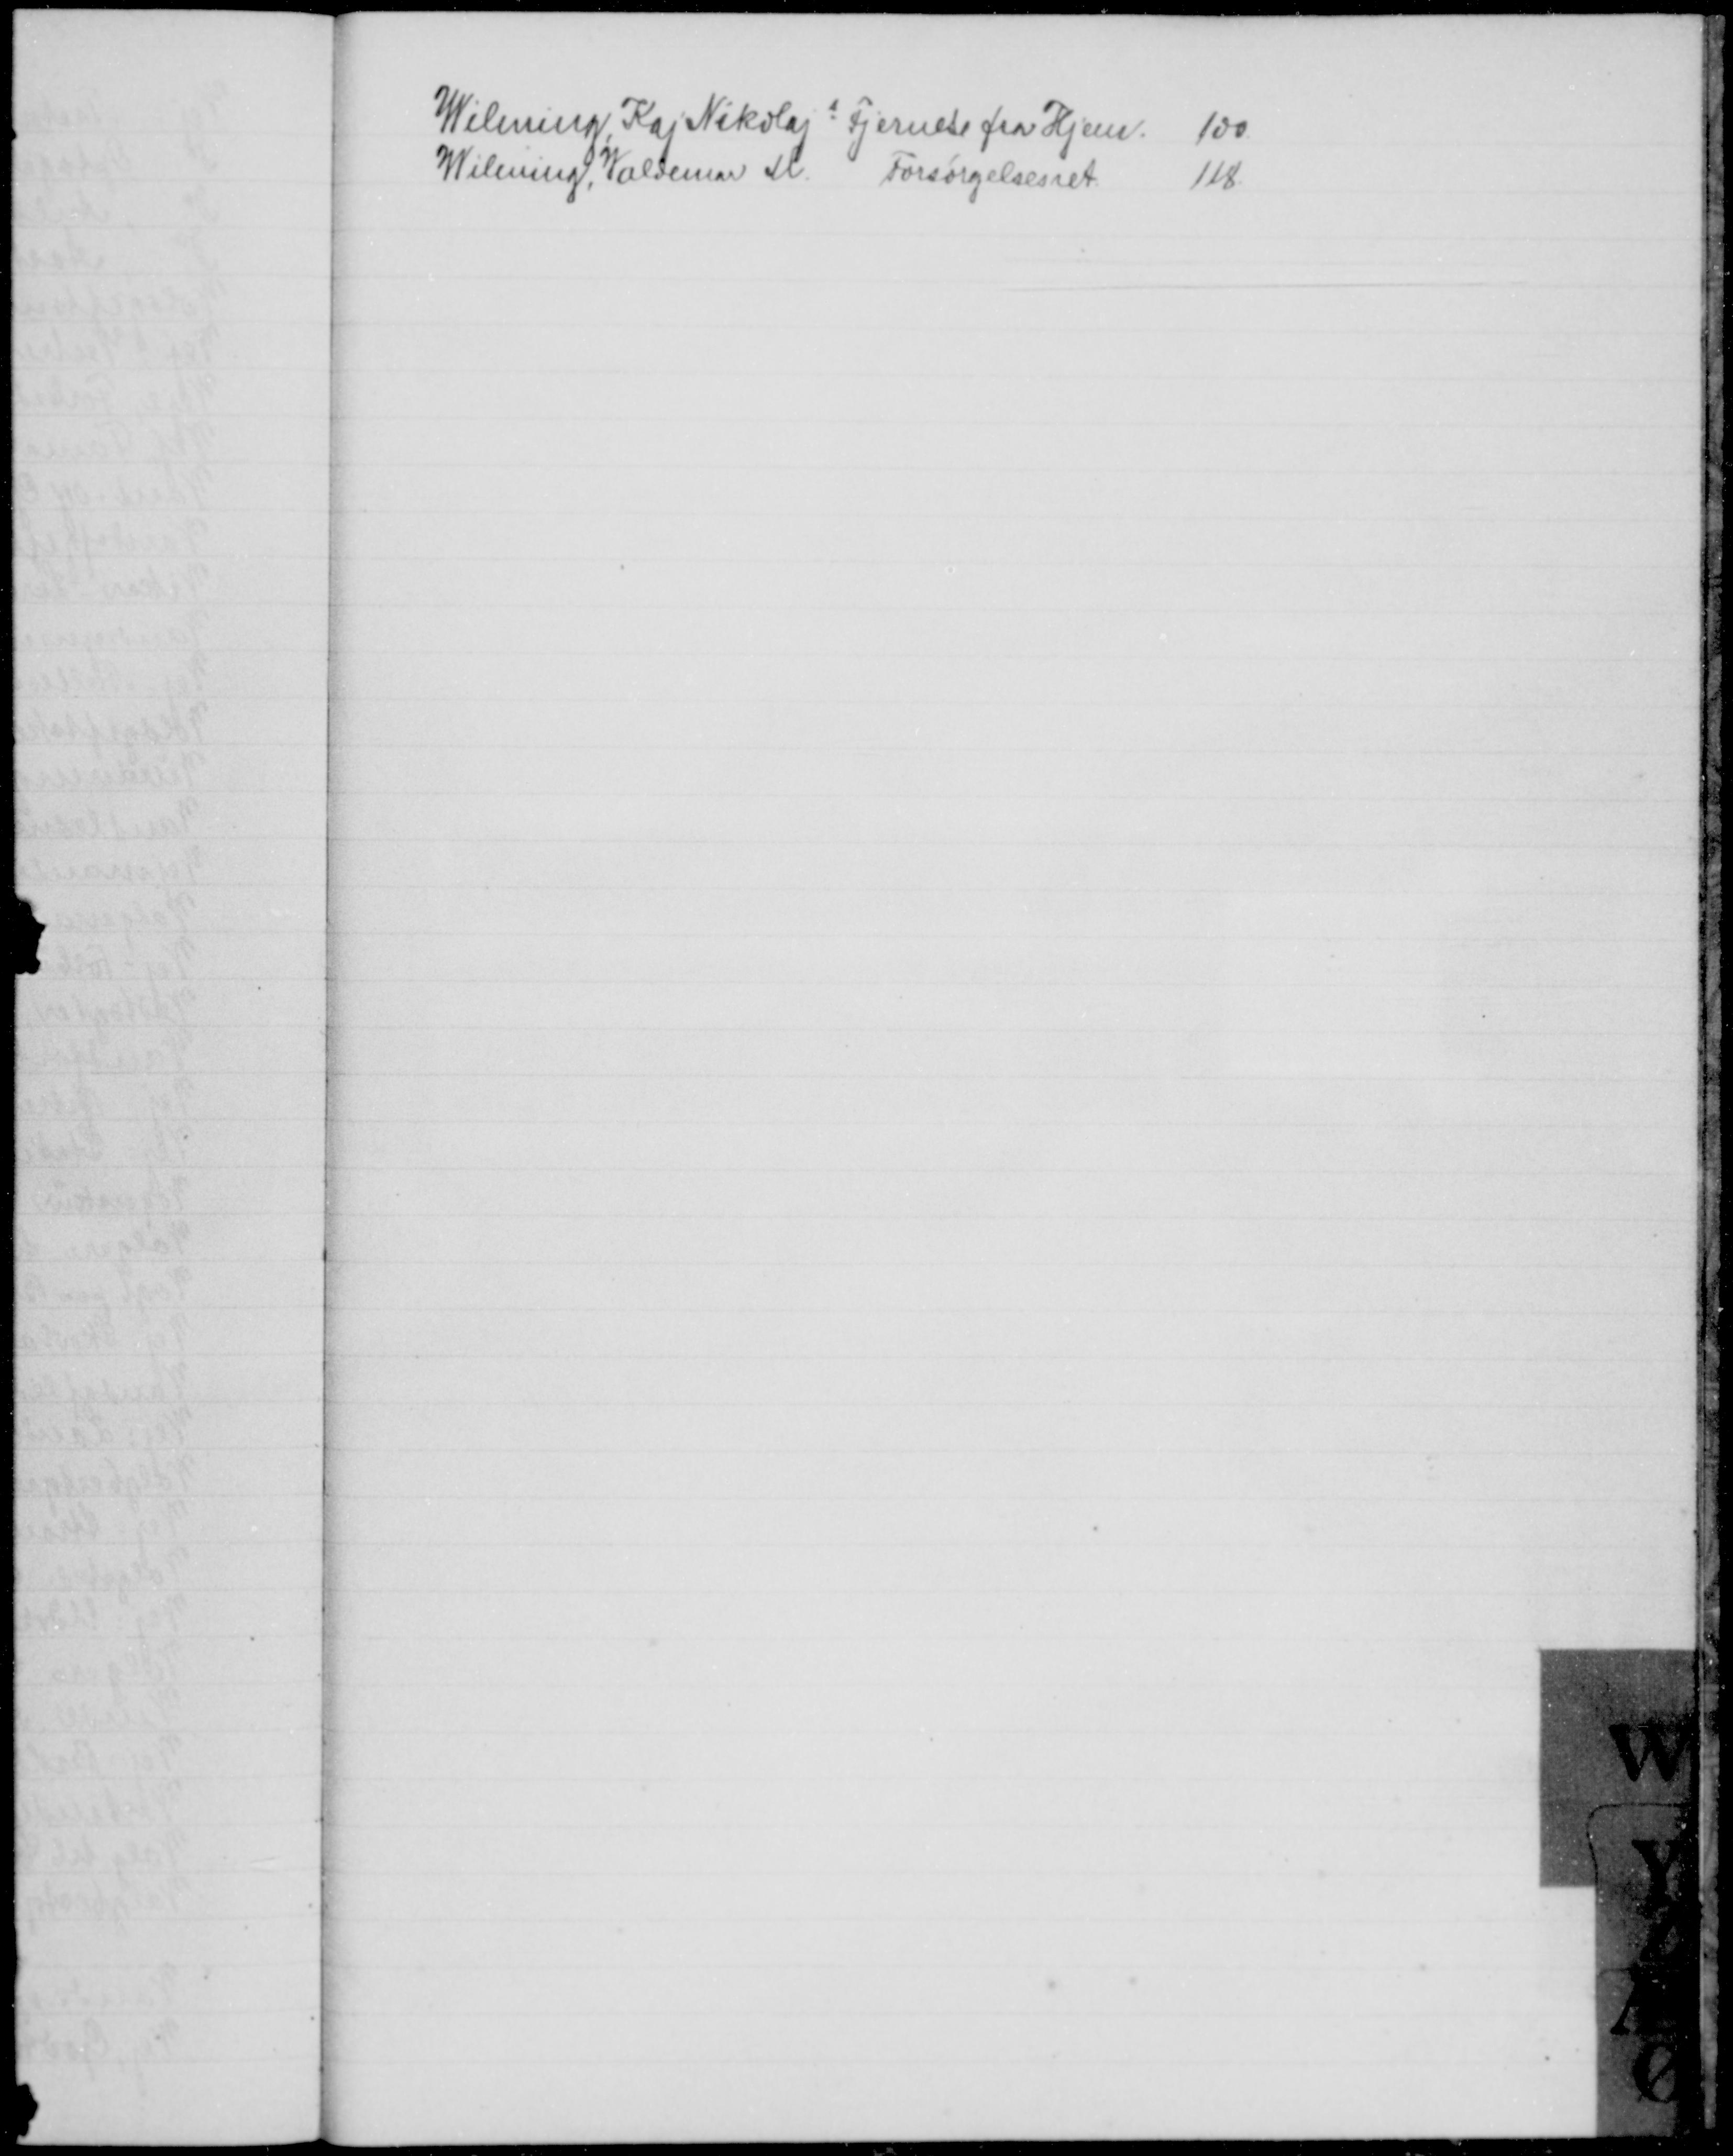
Transskription:
Wilming, Kaj Nikolajs Fjernelse fra Hjem.
100
Wilming, Valdemar M. Forsørgelsesret
118